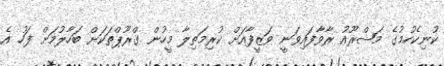
ކުނިކެހުމުގެ މަޝްރޫއު ރާވާފައިވަނީ ވަޒީފާއަށް ކުރިމަތިލާ މީހުން ގްރޫޕްތަކަށް ބަހާލުމަށް ފަހު އެ